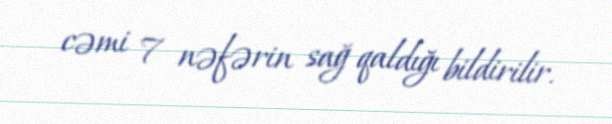
cəmi 7 nəfərin sağ qaldığı bildirilir.